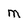
Character: m